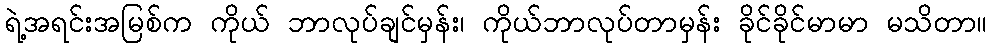
ရဲ့အရင်းအမြစ်က ကိုယ် ဘာလုပ်ချင်မှန်း၊ ကိုယ်ဘာလုပ်တာမှန်း ခိုင်ခိုင်မာမာ မသိတာ။